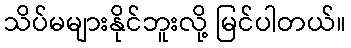
သိပ်မများနိုင်ဘူးလို့ မြင်ပါတယ်။